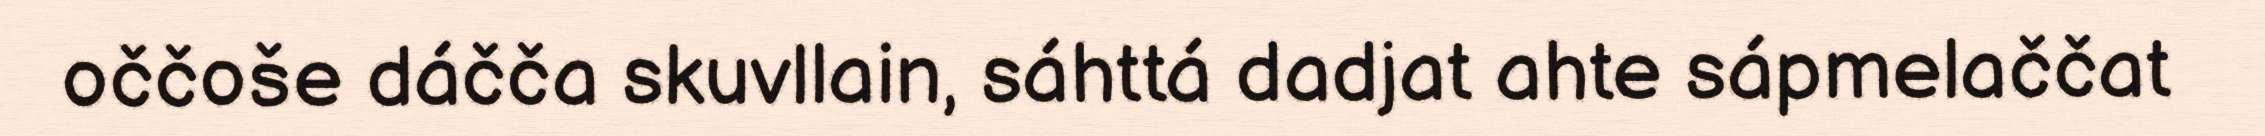
oččoše dáčča skuvllain, sáhttá dadjat ahte sápmelaččat